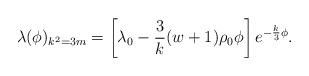
LaTeX: \begin{align*}\lambda(\phi)_{k^2=3m}=\left[\lambda_{0}-{3\over k}(w+1)\rho_{0}\phi\right]e^{-{k\over 3}\phi}.\end{align*}